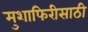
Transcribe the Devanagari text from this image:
मुशाफिरीसाठी